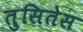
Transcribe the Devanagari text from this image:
तुसितेस